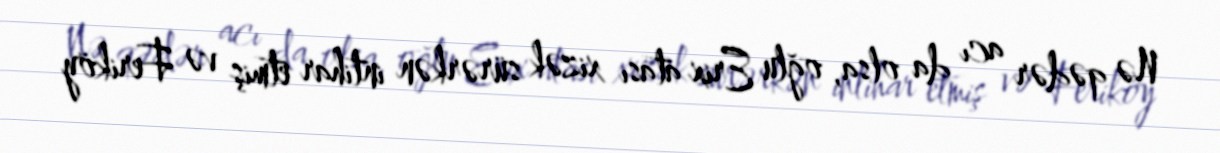
Nə qədər acı da olsa, oğlu Erix atası xizək sürərkən intihar etmiş və Feriköy